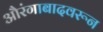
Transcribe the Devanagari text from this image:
औरंगाबादवरून